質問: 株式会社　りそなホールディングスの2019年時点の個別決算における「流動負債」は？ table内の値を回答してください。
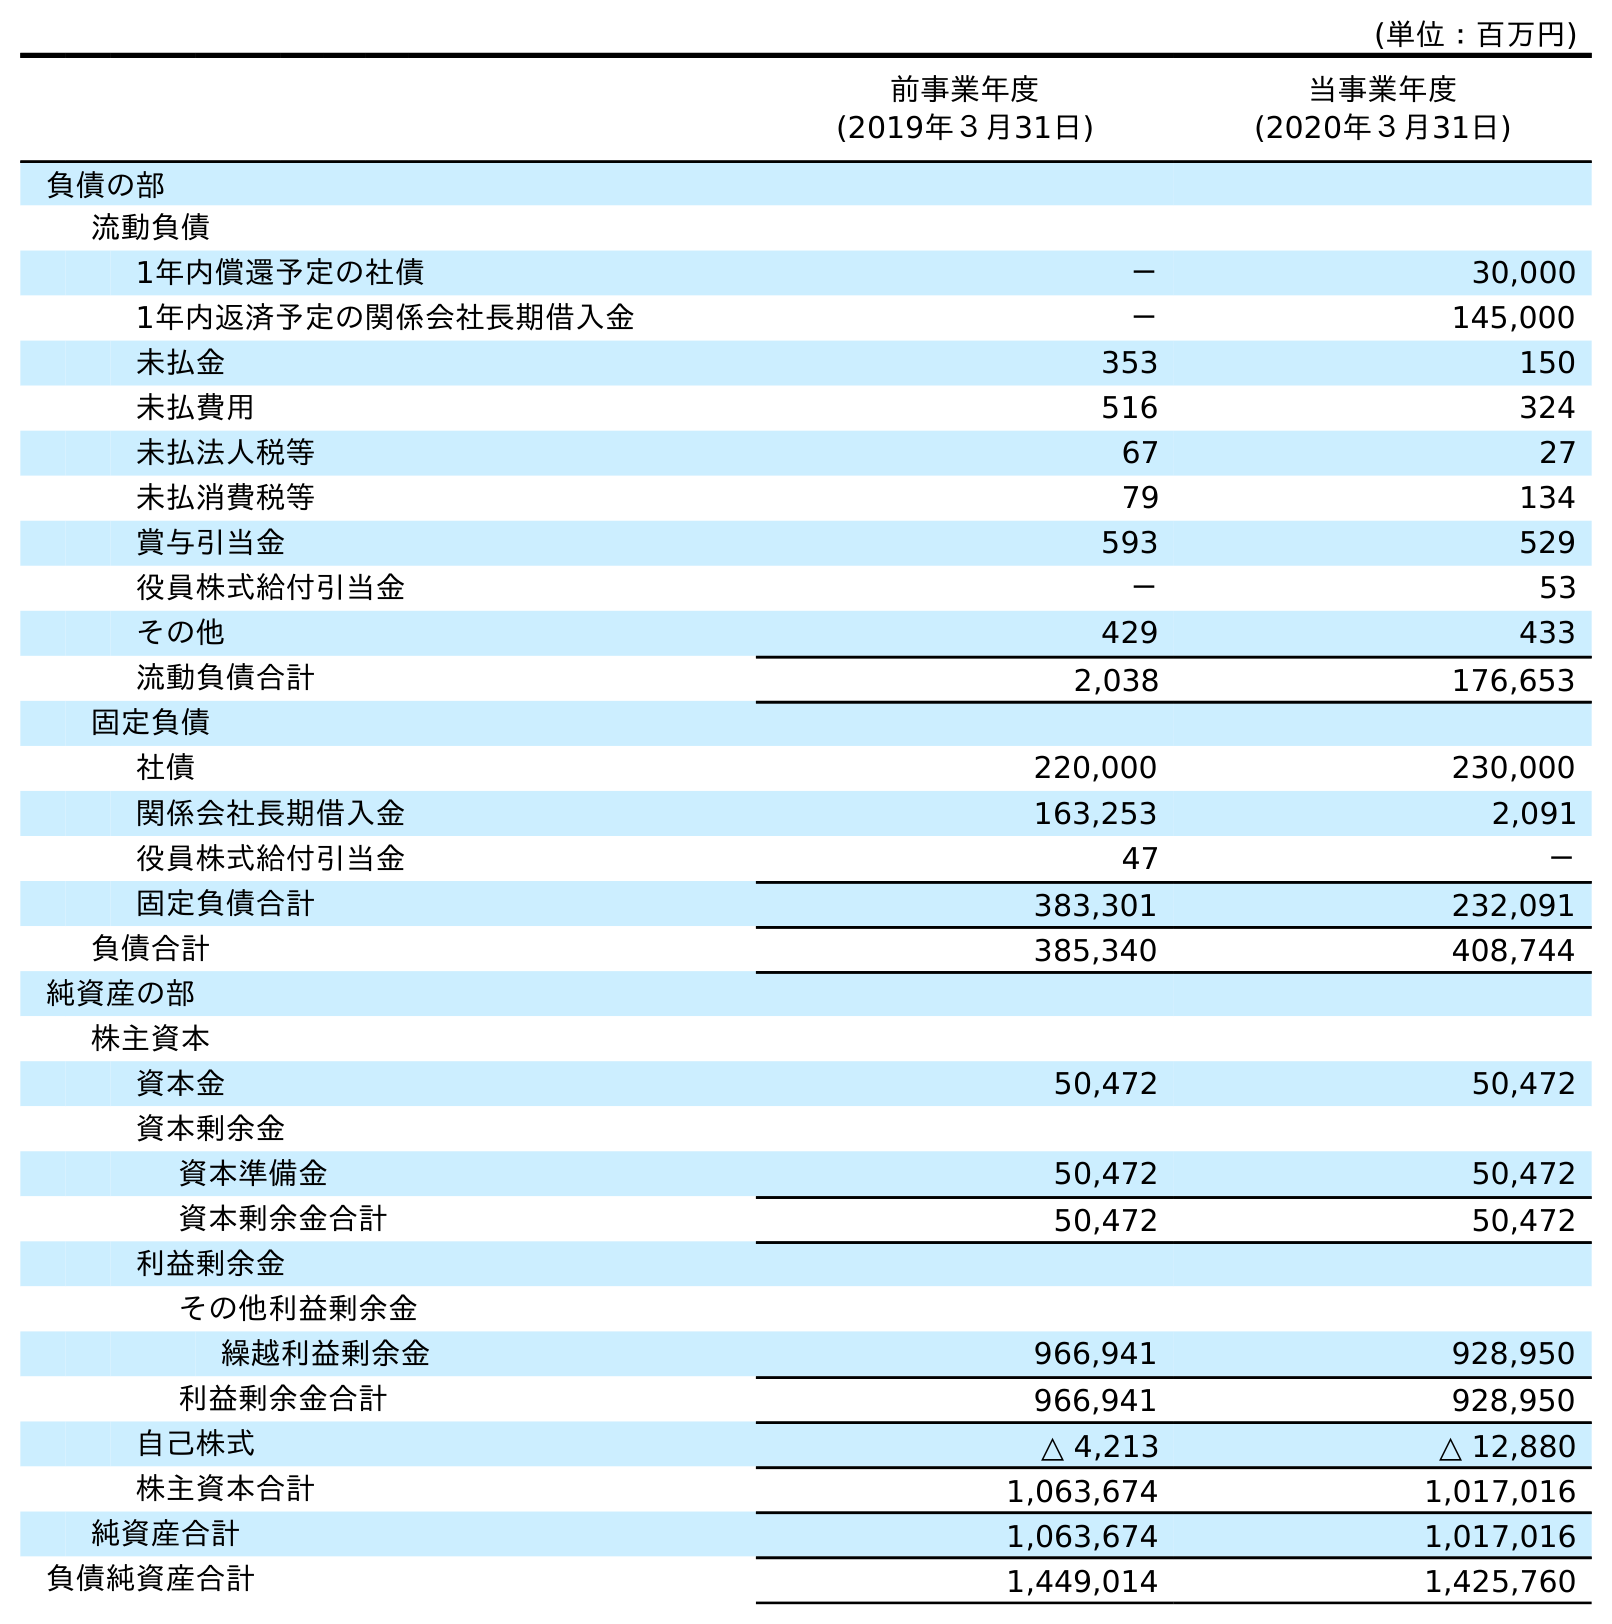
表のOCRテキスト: (単位：百万円) 前事業年度 (2019年３月31日) 当事業年度 (2020年３月31日) 負債の部 流動負債 1年内償還予定の社債 － 30,000 1年内返済予定の関係会社長期借入金 － 145,000 未払金 353 150 未払費用 516 324 未払法人税等 67 27 未払消費税等 79 134 賞与引当金 593 529 役員株式給付引当金 － 53 その他 429 433 流動負債合計 2,038 176,653 固定負債 社債 220,000 230,000 関係会社長期借入金 163,253 2,091 役員株式給付引当金 47 － 固定負債合計 383,301 232,091 負債合計 385,340 408,744 純資産の部 株主資本 資本金 50,472 50,472 資本剰余金 資本準備金 50,472 50,472 資本剰余金合計 50,472 50,472 利益剰余金 その他利益剰余金 繰越利益剰余金 966,941 928,950 利益剰余金合計 966,941 928,950 自己株式 △ 4,213 △ 12,880 株主資本合計 1,063,674 1,017,016 純資産合計 1,063,674 1,017,016 負債純資産合計 1,449,014 1,425,760
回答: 2,038